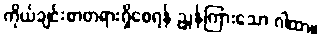
ကိုယ်ချင်းစာတရားရှိစေရန် ညွှန်ကြားသော ဂါထာ။